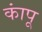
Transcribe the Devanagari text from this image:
कांपू